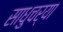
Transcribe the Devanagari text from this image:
साधुचर्या